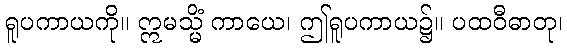
ရူပကာယကို။ ဣမသ္မိံ ကာယေ၊ ဤရူပကာယ၌။ ပထဝီဓာတု၊